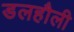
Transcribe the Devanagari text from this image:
डलहौली